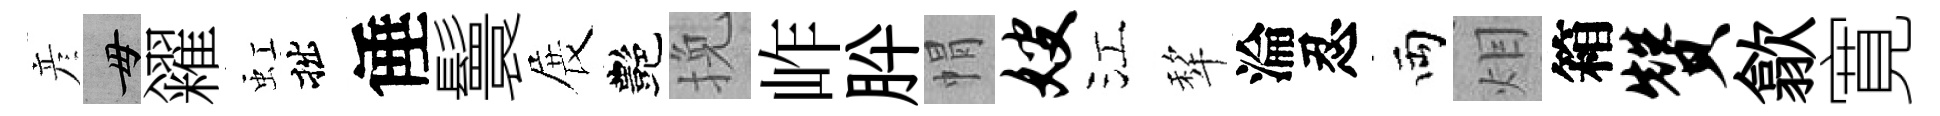
彦毋糴虹拙倕鬟展艷挽岞肸㡌嫂江犂淪忍両𤇆箱赞歙寛